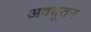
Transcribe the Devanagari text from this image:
अवधूतन